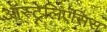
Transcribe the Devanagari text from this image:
ऑस्ट्रेलिएंसिस